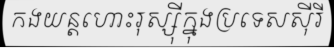
កងយន្តហោះរុស្ស៊ីក្នុងប្រទេសស៊ីរី